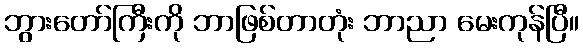
ဘွားတော်ကြီးကို ဘာဖြစ်တာတုံး ဘာညာ မေးကုန်ပြီ။